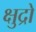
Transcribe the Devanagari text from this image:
क्षुद्रो